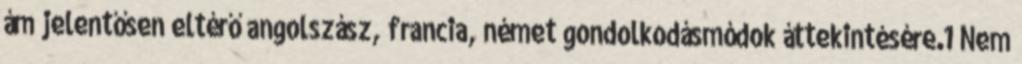
ám jelentősen eltérő angolszász, francia, német gondolkodásmódok áttekintésére.1 Nem